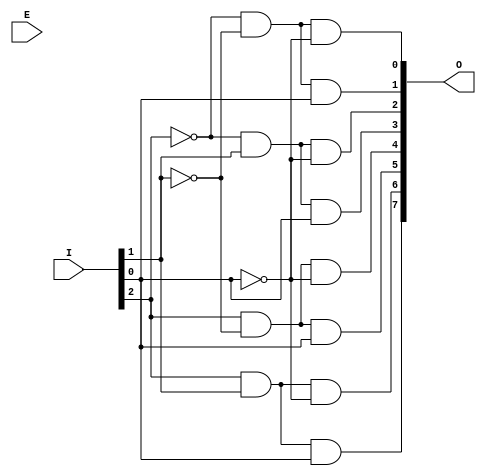
`timescale 1ns / 1ps
module decoder38(I, O, E);
    input [2:0] I;
    output [7:0] O;
    input E;
	 
	 
    and(O[0], ~I[2], ~I[1], ~I[0]);
    and(O[1], ~I[2], ~I[1], I[0]);
    and(O[2], ~I[2], I[1], ~I[0]);
    and(O[3], ~I[2], I[1], I[0]);
    and(O[4], I[2], ~I[1], ~I[0]);
    and(O[5], I[2], ~I[1], I[0]);
    and(O[6], I[2], I[1], ~I[0]);	 
    and(O[7], I[2], I[1], I[0]);

endmodule